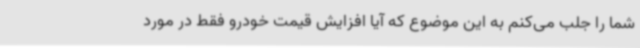
شما را جلب می‌کنم به این موضوع که آیا افزایش قیمت خودرو فقط در مورد